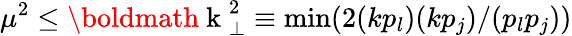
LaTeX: \mu^{2}\leq\mathrm{\boldmath~k~}_{\perp}^{2}\equiv\operatorname*{min}(2(kp_{l})(kp_{j})/(p_{l}p_{j}))